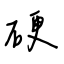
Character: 硬